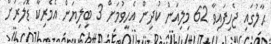
ޙާލުގައި ޖެހިފައިވާ 62 މިލިއަން ކުދިން އެހީވުމަށް 3 ބިލިޔަން އެމެރިކާ ޑޮލަރަށް